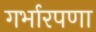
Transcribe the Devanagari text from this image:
गर्भारपणा